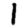
Digit: 1